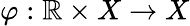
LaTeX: \varphi:\mathbb{R}\times X\to X